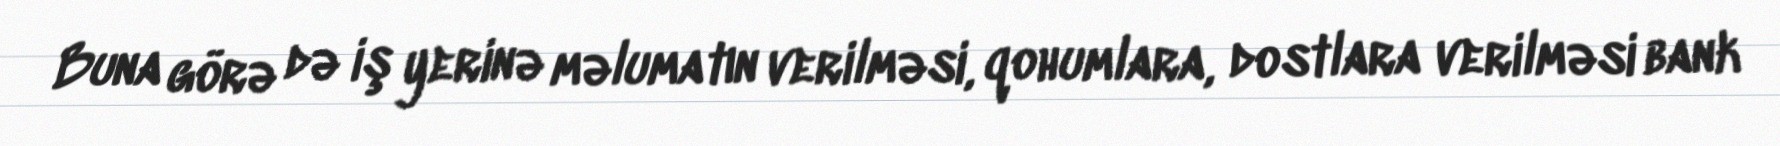
Buna görə də iş yerinə məlumatın verilməsi, qohumlara, dostlara verilməsi bank